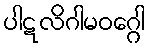
ပါဋလိဂါမဝဂ္ဂေါ